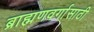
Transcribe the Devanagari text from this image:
ब्राह्मणवर्गासाठी